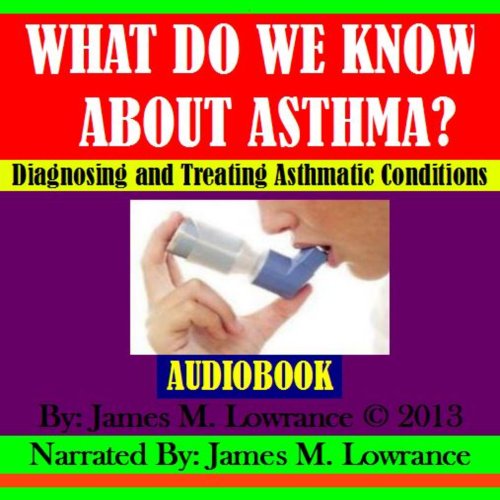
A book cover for What Do We Know about Asthma?: Diagnosing and Treating Asthmatic Conditions; James M. Lowrance; Health, Fitness & Dieting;